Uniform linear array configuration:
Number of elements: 64
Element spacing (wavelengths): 0.25
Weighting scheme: uniform
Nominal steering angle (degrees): -15
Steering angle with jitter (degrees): -16.166
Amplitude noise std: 0.05
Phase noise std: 0.05

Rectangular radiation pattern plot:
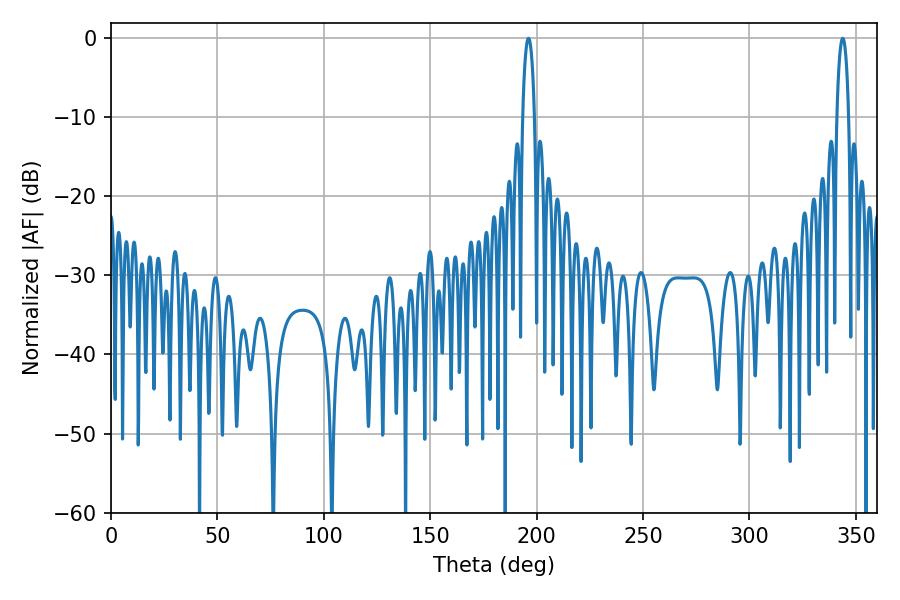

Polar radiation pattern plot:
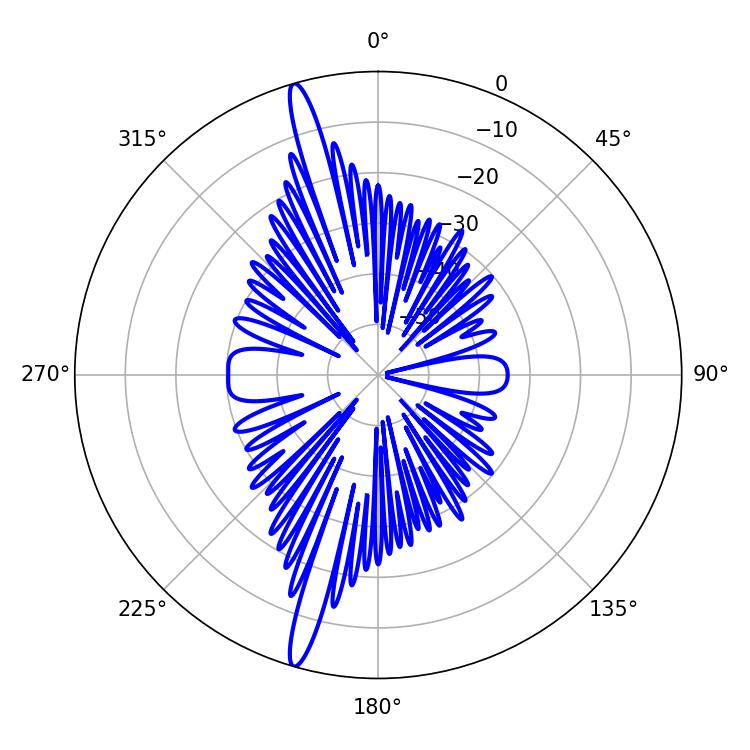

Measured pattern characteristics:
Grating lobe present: FALSE
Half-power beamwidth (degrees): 3.24
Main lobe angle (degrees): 343.8